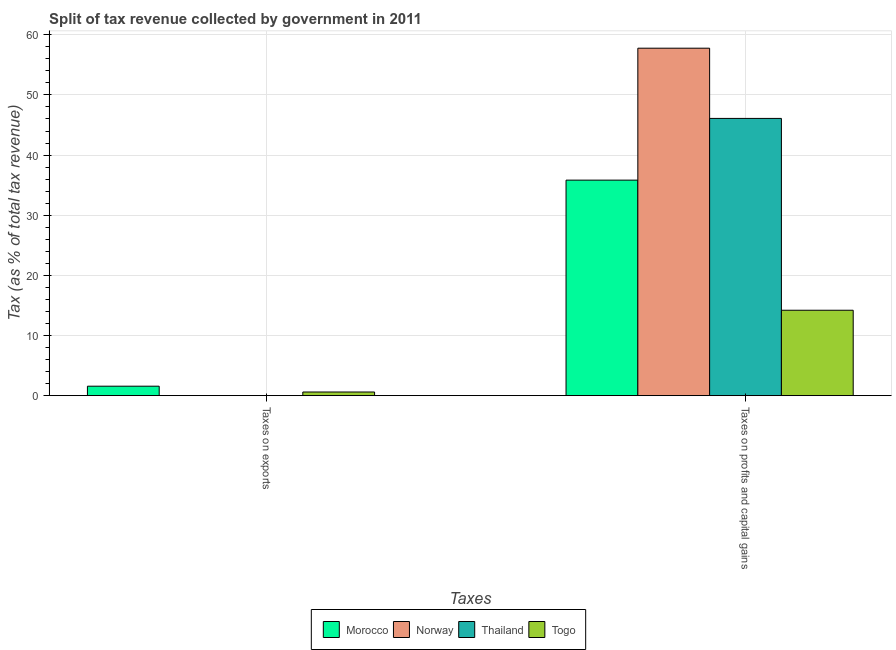
| Taxes | Morocco | Norway | Thailand | Togo |
 | --- | --- | --- | --- | --- |
 | Taxes on exports | 1.57 | 0.0222 | 0.0129 | 0.604 |
 | Taxes on profits and capital gains | 35.8 | 57.8 | 46.1 | 14.2 |